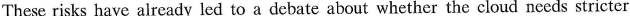
These risks have already led to a debate about whether the cloud needs stricter